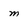
Character: m